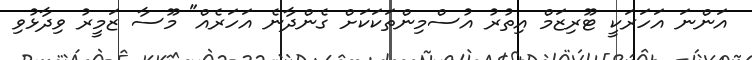
އަންނަ އަހަރަކީ ޓޫރިޒަމް އިތުރު އުސްމިންތަކަކަށް ގެންދާނެ އަހަރެއް" މޫސާ ޒަމީރު ވިދާޅުވި